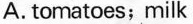
A. tomatoes;milk